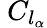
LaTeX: \ C_{l_{\alpha}}